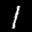
Label: 1